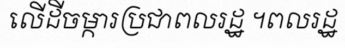
លើដីចម្ការប្រជាពលរដ្ឋ ។ពលរដ្ឋ